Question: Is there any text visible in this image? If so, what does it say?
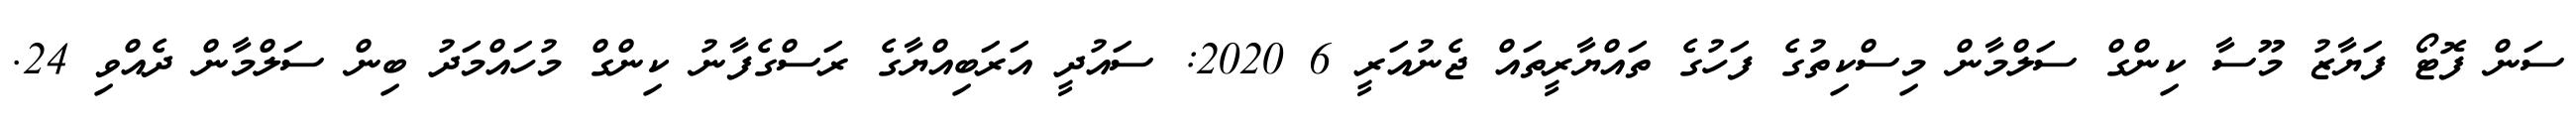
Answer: ސަން ފޮޓޯ ފަޔާޒު މޫސާ ކިންގް ސަލްމާން މިސްކިތުގެ ފަހުގެ ތައްޔާރީތައް ޖެނުއަރީ 6 2020: ސައުދީ އަރަބިއްޔާގެ ރަސްގެފާނު ކިންގް މުހައްމަދު ބިން ސަލްމާން ދެއްވި 24.